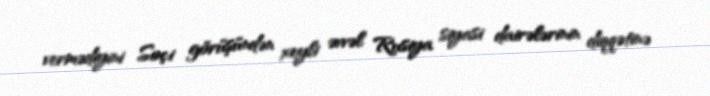
vermədiyini Soçi görüşündən xeyli əvvəl Rusiya siyasi dairələrinin diqqətinə